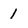
Character: 1